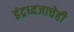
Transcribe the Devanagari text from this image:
इंद्रध्वजाचेही